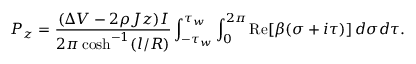
P _ { z } = \frac { ( \Delta V - 2 \rho J z ) I } { 2 \pi \cosh ^ { - 1 } ( l / R ) } \int _ { - \tau _ { w } } ^ { \tau _ { w } } \int _ { 0 } ^ { 2 \pi } \mathrm { R e } [ \beta ( \sigma + i \tau ) ] \, d \sigma d \tau .